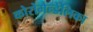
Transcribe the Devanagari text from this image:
कोरोमैन्डेलिका